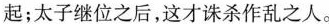
起；太子继位之后，这才诛杀作乱之人。